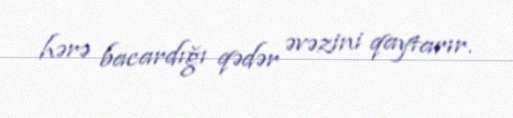
hərə bacardığı qədər əvəzini qaytarır.